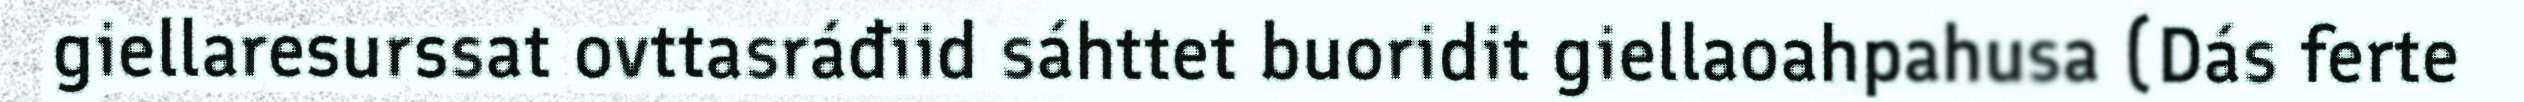
giellaresurssat ovttasráđiid sáhttet buoridit giellaoahpahusa (Dás ferte